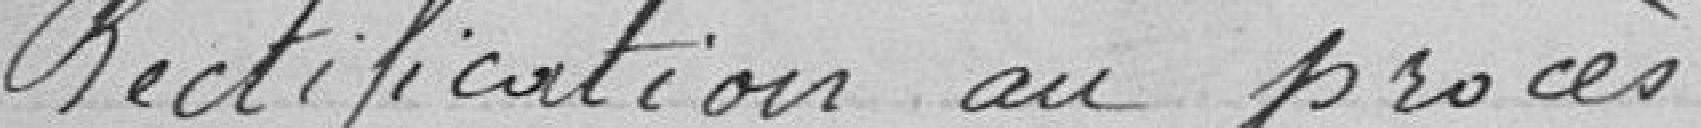
Rectification au procès-